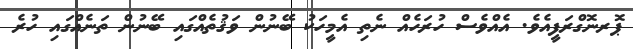
ޕޮރނޮގްރަފީއެވެ. އެއްވެސް ހުރަހެއް ނެތި އެމީހަކު ބޭނުން ވަޤުތެއްގައި ބޭނުން ތަނެއްގައި ހުރެ